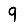
Digit: 9